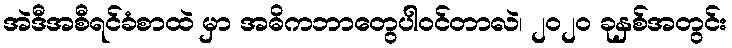
အဲဒီအစီရင်ခံစာထဲ မှာ အဓိကဘာတွေပါဝင်တာလဲ၊ ၂၀၂၀ ခုနှစ်အတွင်း